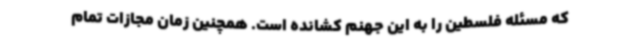
که مسئله فلسطین را به این جهنم کشانده است. همچنین زمان مجازات تمام